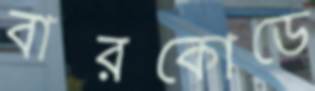
বারকোডে